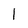
Character: l